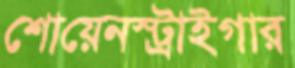
শোয়েনস্ট্রাইগার